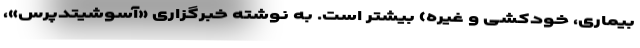
بیماری، خودکشی و غیره) بیشتر است. به نوشته خبرگزاری «آسوشیتدپرس»،